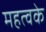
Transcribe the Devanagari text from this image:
महत्वके